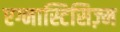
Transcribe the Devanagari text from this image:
एग्नास्टिसिज़्म